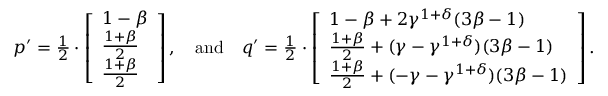
\begin{array} { r } { p ^ { \prime } = \frac { 1 } { 2 } \cdot \left[ \begin{array} { l } { 1 - \beta } \\ { \frac { 1 + \beta } { 2 } } \\ { \frac { 1 + \beta } { 2 } } \end{array} \right] , \quad \mathrm { a n d } \quad q ^ { \prime } = \frac { 1 } { 2 } \cdot \left[ \begin{array} { l } { 1 - \beta + 2 \gamma ^ { 1 + \delta } ( 3 \beta - 1 ) } \\ { \frac { 1 + \beta } { 2 } + ( \gamma - \gamma ^ { 1 + \delta } ) ( 3 \beta - 1 ) } \\ { \frac { 1 + \beta } { 2 } + ( - \gamma - \gamma ^ { 1 + \delta } ) ( 3 \beta - 1 ) } \end{array} \right] . } \end{array}